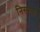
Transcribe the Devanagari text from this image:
निसनवां